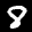
Label: 8